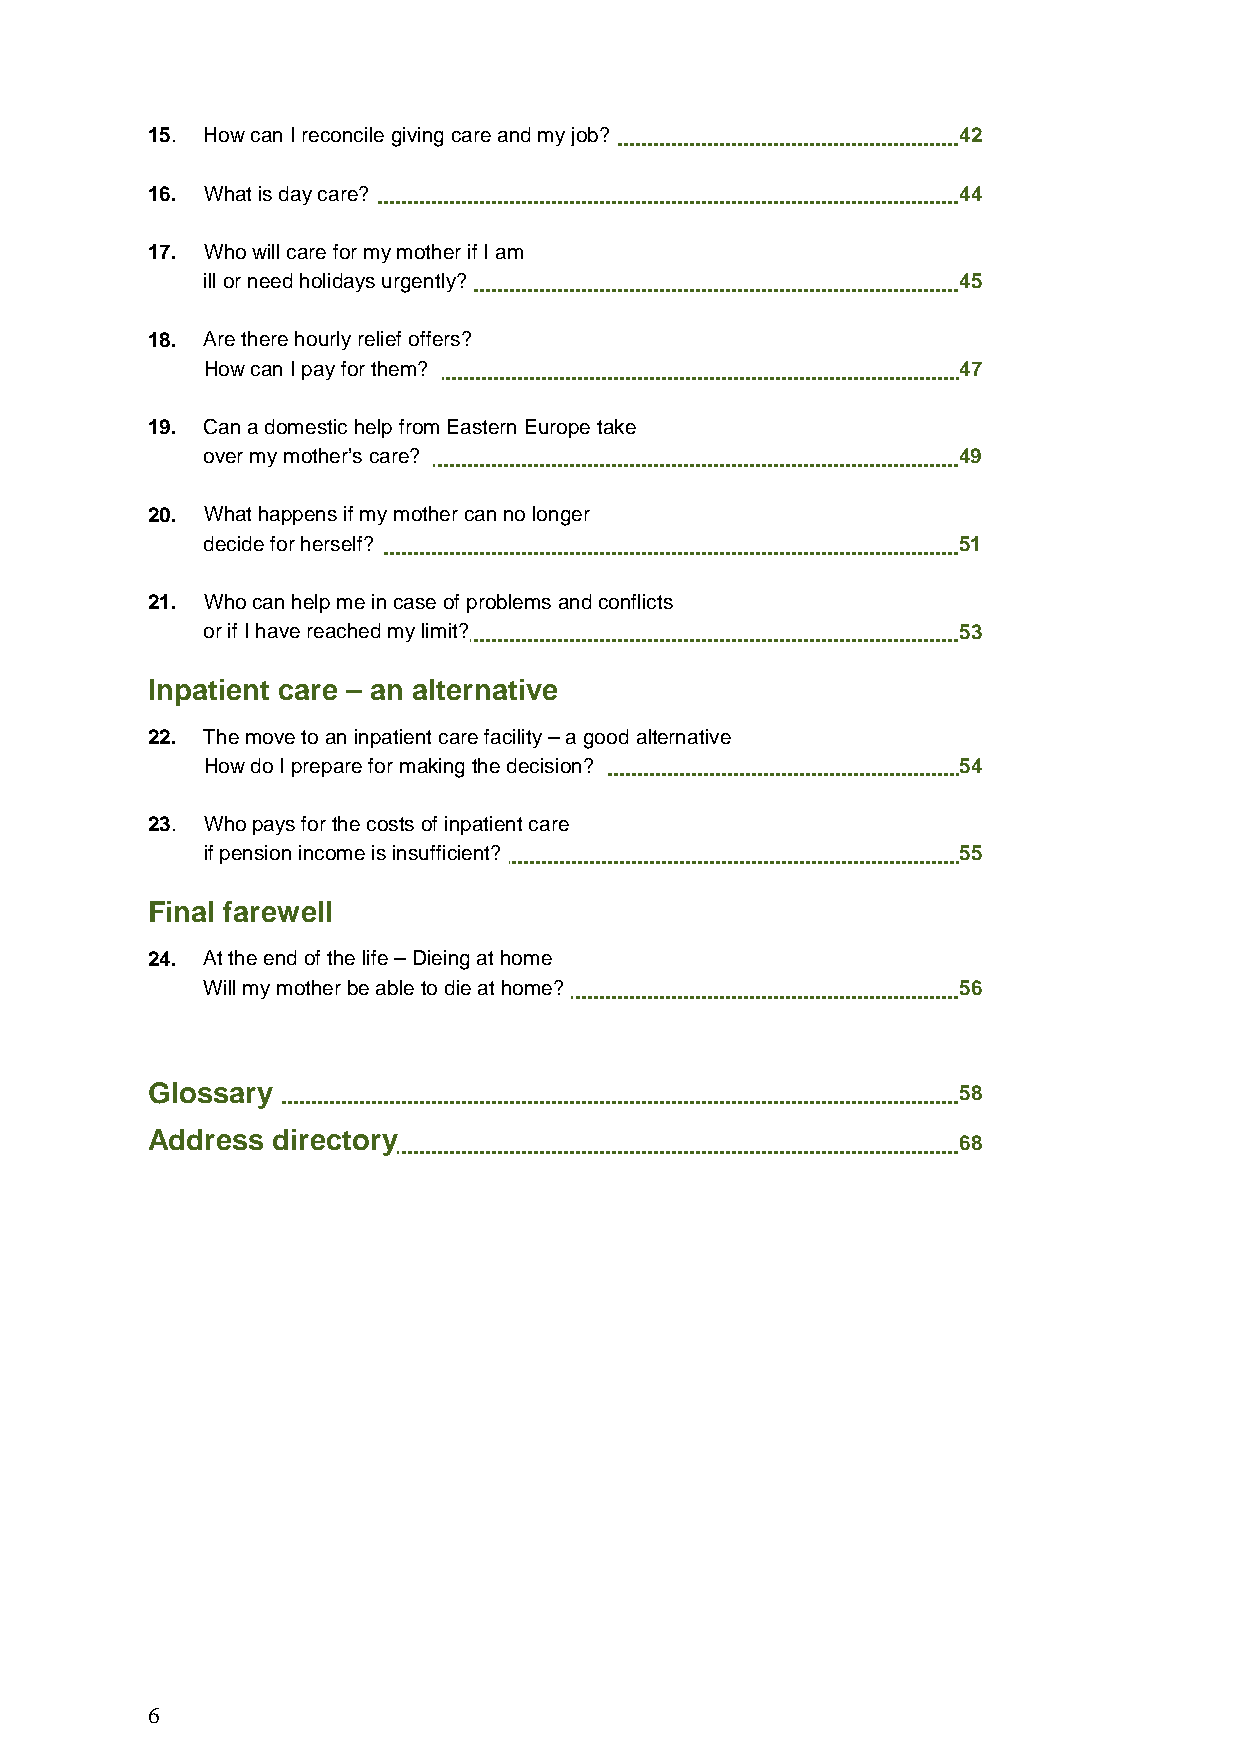
15. How can I reconcile giving care and my job?      42
 16. What is day care?                                44
 17. Who will care for my mother if I am
 ill or need holidays urgently?                   45
 18. Are there hourly relief offers?
 How can I pay for them?                          47
 19. Can a domestic help from Eastern Europe take
 over my mother’s care?                           49
 20. What happens if my mother can no longer
 decide for herself?                              51
 21. Who can help me in case of problems and conflicts
 or if I have reached my limit?                   53
 Inpatient care – an alternative
 22. The move to an inpatient care facility – a good alternative
 How do I prepare for making the decision?        54
 23. Who pays for the costs of inpatient care
 if pension income is insufficient?               55
 Final farewell
 24. At the end of the life – Dieing at home
 Will my mother be able to die at home?           56
 Glossary                                             58
 Address directory
 68
 6